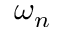
\omega _ { n }